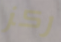
ركز